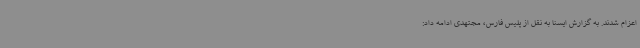
اعزام شدند. به گزارش ایسنا به نقل از پلیس فارس، مجتهدی ادامه داد: